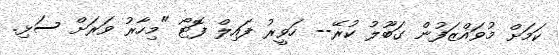
ކަމަށް މުވައްޒަފުން ގަބޫލު ކުރޭ-- ހަވީރު ފައިލް ފޮޓޯ "މިހާރު ވަރަށް ސަޅި.